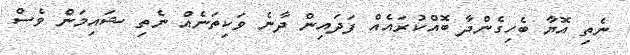
ނެތި އޮޔާ ބެހިގެންދާ ބޮއްކުރައެއް ފަދައިން ދާނެ ވަކިތަނެއް ނެތި ޝައިމަން ވެސް